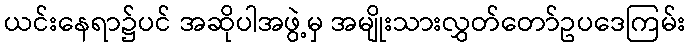
ယင်းနေရာ၌ပင် အဆိုပါအဖွဲ့မှ အမျိုးသားလွှတ်တော်ဥပဒေကြမ်း